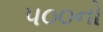
૫૦૦નો